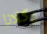
وكلانا